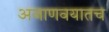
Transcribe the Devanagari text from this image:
अजाणवयातच